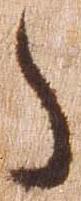
た